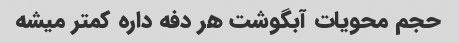
حجم محویات آبگوشت هر دفه داره کمتر میشه